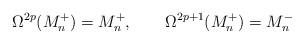
LaTeX: \begin{align*}\Omega^{2p}(M^+_n) = M^+_n, \qquad \Omega^{2p+1}(M^+_n) = M^-_n \end{align*}